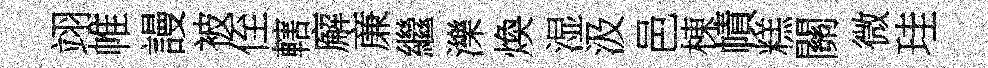
翊帷謾被侄轄廨亷繼濼煥湿汲邑棟幘糕關微珪